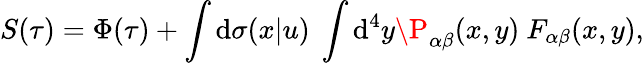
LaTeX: S(\tau)=\Phi(\tau)+\int\mathrm{d}\sigma(x|u)\ \int\mathrm{d}^{4}y\P_{\alpha\beta}(x,y)\ F_{\alpha\beta}(x,y),